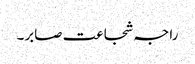
راجہ شجاعت صابر۔